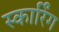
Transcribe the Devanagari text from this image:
स्कार्रिंग